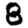
Digit: 8